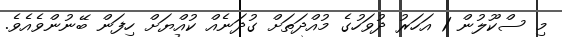
މި ސްކޫލުން 1 އަހަރު ދުވަހުގެ މުއްދަތަށް ގުދަނެއް ކުއްޔަށް ހިފަން ބޭނުންވެއެވެ.